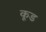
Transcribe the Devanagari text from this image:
कूड